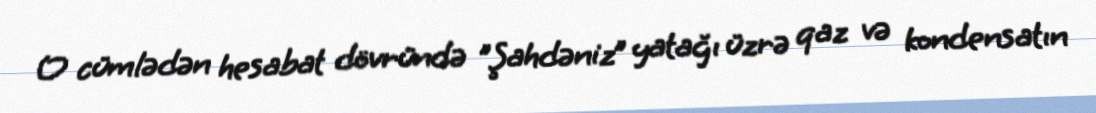
O cümlədən hesabat dövründə "Şahdəniz” yatağı üzrə qaz və kondensatın